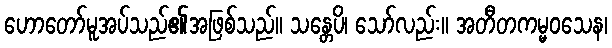
ဟောတော်မူအပ်သည်၏အဖြစ်သည်။ သန္တေပိ၊ သော်လည်း။ အတီတကမ္မဝသေန၊